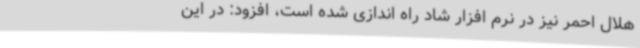
هلال احمر نیز در نرم افزار شاد راه اندازی شده است، افزود: در این